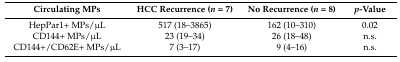
<table><thead><tr><td><b>Circulating MPs</b></td><td><b>HCC Recurrence (<i>n</i> = 7)</b></td><td><b>No Recurrence (<i>n</i> = 8)</b></td><td><b><i>p</i>-Value</b></td></tr></thead><tbody><tr><td>HepPar1+ MPs/μL</td><td>517 (18–3865)</td><td>162 (10–310)</td><td>0.02</td></tr><tr><td>CD144+ MPs/μL</td><td>23 (19–34)</td><td>26 (18–48)</td><td>n.s.</td></tr><tr><td>CD144+/CD62E+ MPs/μL</td><td>7 (3–17)</td><td>9 (4–16)</td><td>n.s.</td></tr></tbody></table>